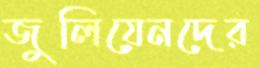
জুলিয়েনদের